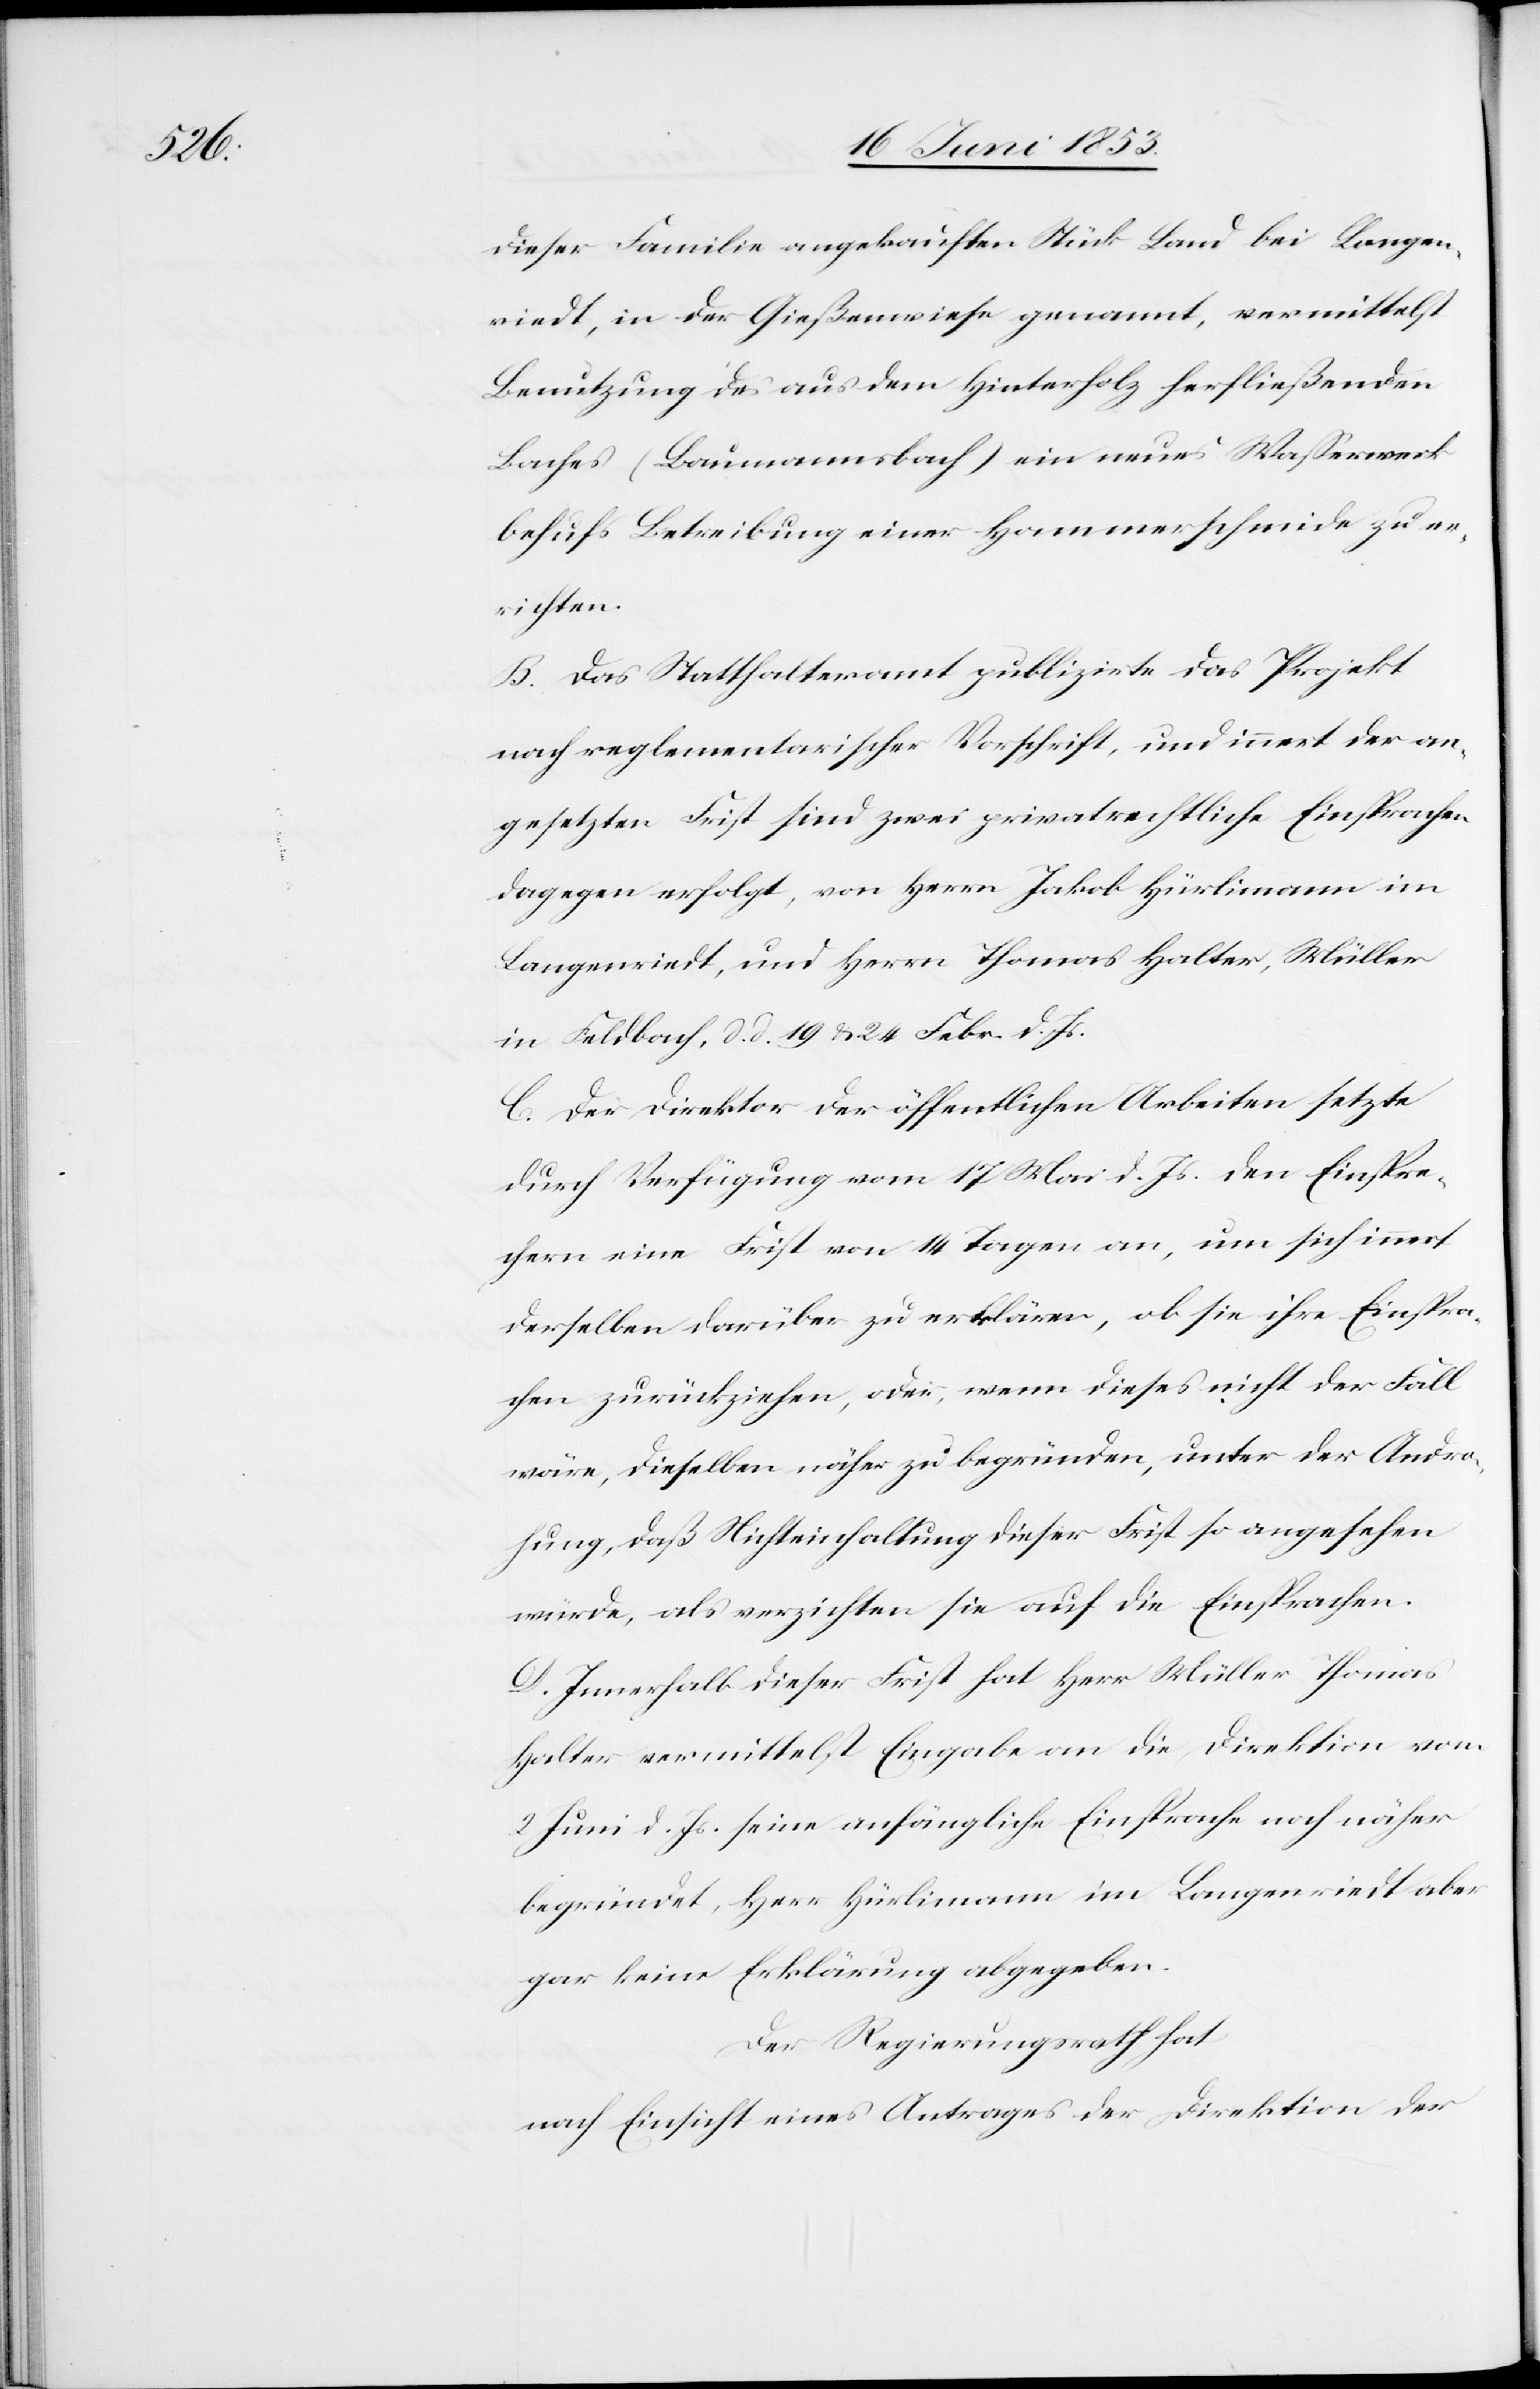
dieser Familie angekauften Stück Land bei Langen¬
riedt, in der Gießenwiese genannt, vermittelst,
Benutzung des aus dem Hinterholz herfließenden
Baches (Baumannsbach) ein neues Waßerwerk
behufs Betreibung einer Hammerschmiede zu er¬
richten.
B. Das Statthalteramt publizirte das Projekt
nach reglementarischer Vorschrift, und innert der an¬
gesetzten Frist sind zwei privatrechtliche Einsprachen
dagegen erfolgt, von Herrn Jakob Hürlimann im
Langenriedt, und Herrn Thomas Halter, Müller
in Feldbach, d. d. 19 u. 24 Febr. d. Js.
C. Der Direktor der öffentlichen Arbeiten, setzte
durch Verfügung vom 17 Mai d. Js. den Einspre¬
chern eine Frist von 14 Tagen an, um sich innert
derselben darüber zu erklären, ob sie ihre Einspra¬
che zurückziehen, oder, wenn dieses nicht der Fall
wäre, dieselben näher zu begründen, unter der Andro¬
hung, daß Nichteinhaltung dieser Frist so angesehen
würde, als verzichten sie auf die Einsprachen.
D. Innerhalb dieser Frist hat Herr Müller Thomas
Halter vermittelst Eingabe an die Direktion vom
2 Juni d. Js. seine anfängliche Einsprache noch näher
begründet, Herr Hürlimann im Langenriedt aber
gar keine Erklärung abgegeben.
Der Regierungsrath hat
nach Einsicht eines Antrages der Direktion der